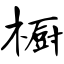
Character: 橱